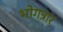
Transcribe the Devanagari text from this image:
भोगत्रार